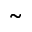
\tilde { \bf \Lambda }